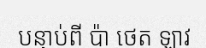
បន្ទាប់ពី ប៉ា ថេត ឡាវ